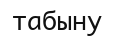
табыну